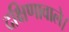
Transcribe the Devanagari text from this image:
दक्षिणावाले।